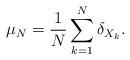
LaTeX: \begin{align*}\mu_N=\frac1N\sum_{k=1}^N \delta_{X_k}.\end{align*}